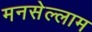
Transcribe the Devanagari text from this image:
मनसेल्लाम